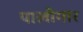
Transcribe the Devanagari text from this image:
पालीगार